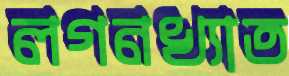
লগনখ্যাত